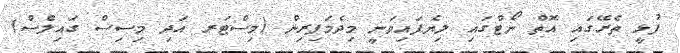
ފުޅީ ތެރޭގައި އޮތް ނޯޓްގައި ލިޔެފައިވަނީ މިދެމަފިރިން (މިސްޓަރ އަދި މިސިސް ގައިލްސް)